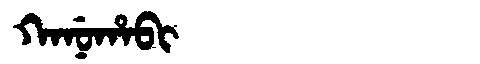
Manchu: ᡴᠠᠨᡠᡥᠠᠪᡳ
Romanization: KANUHABI